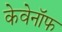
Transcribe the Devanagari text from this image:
केवेनॉफ